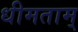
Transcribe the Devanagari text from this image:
धीमताम्‌